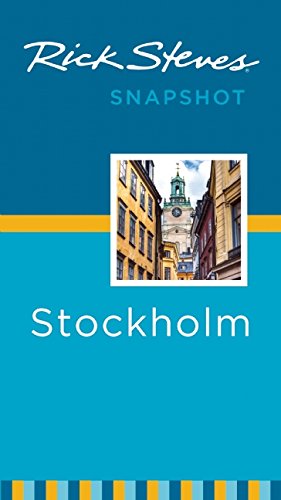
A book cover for Rick Steves Snapshot Stockholm; Rick Steves; Travel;